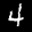
Label: 4